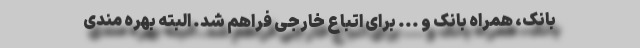
بانک، همراه بانک و ... برای اتباع خارجی فراهم شد. البته بهره مندی